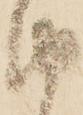
由